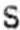
S